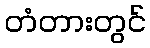
တံတားတွင်